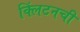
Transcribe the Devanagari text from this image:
क्लिंटनची